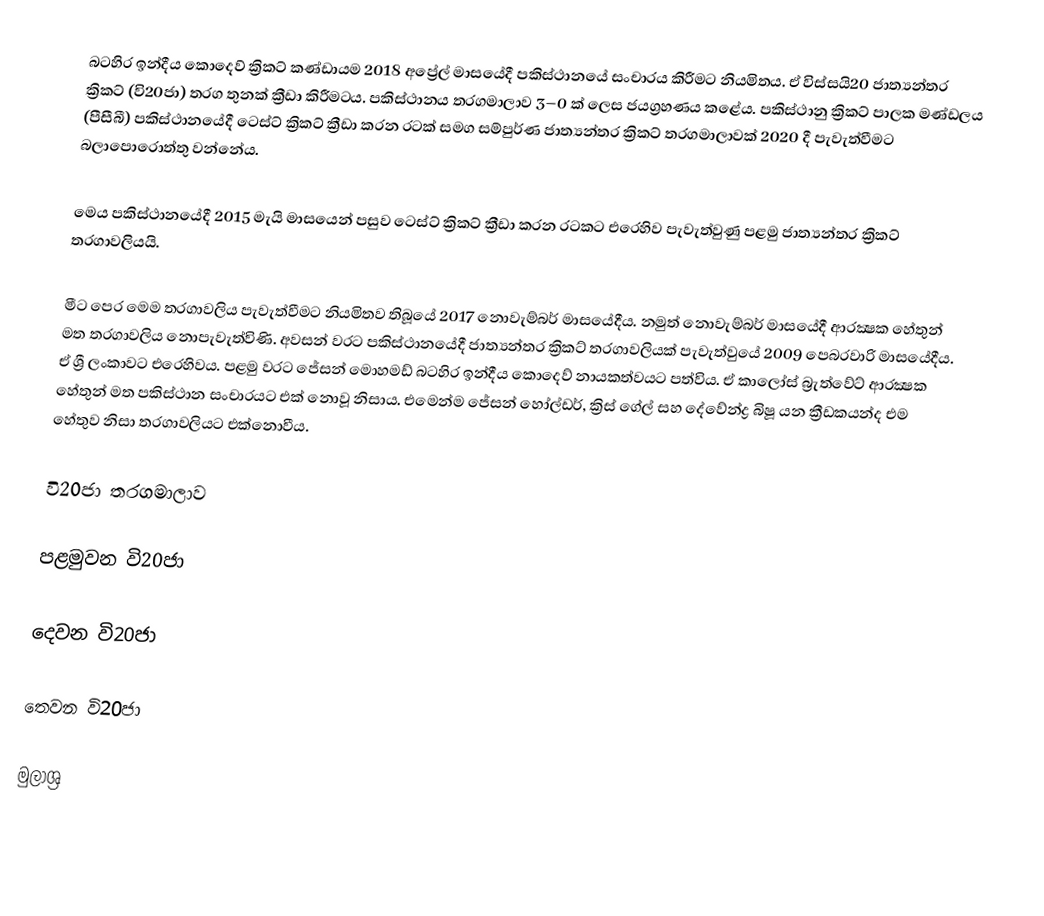
බටහිර ඉන්දීය කොදෙව් ක්‍රිකට් කණ්ඩායම 2018 අප්‍රේල් මාසයේදී පකිස්ථානයේ සංචාරය කිරීමට නියමිතය. ඒ විස්සයි20 ජාත්‍යන්තර ක්‍රිකට් (වි20ජා) තරග තුනක් ක්‍රීඩා කිරීමටය. පකිස්ථානය තරගමාලාව 3–0 ක් ලෙස ජයග්‍රහණය කළේය. පකිස්ථානු ක්‍රිකට් පාලක මණ්ඩලය (පීසීබී) පකිස්ථානයේදී ටෙස්ට් ක්‍රිකට් ක්‍රීඩා කරන රටක් සමග සම්පුර්ණ ජාත්‍යන්තර ක්‍රිකට් තරගමාලාවක් 2020 දී පැවැත්වීමට බලාපොරොත්තු වන්නේය.

මෙය පකිස්ථානයේදී 2015 මැයි මාසයෙන් පසුව ටෙස්ට් ක්‍රිකට් ක්‍රීඩා කරන රටකට එරෙහිව පැවැත්වුණු පළමු ජාත්‍යන්තර ක්‍රිකට් තරගාවලියයි.

මීට පෙර මෙම තරගාවලිය පැවැත්වීමට නියමිතව තිබූයේ 2017 නොවැම්බර් මාසයේදීය. නමුත් නොවැම්බර් මාසයේදී ආරක්‍ෂක හේතුන් මත තරගාවලිය නොපැවැත්විණි. අවසන් වරට පකිස්ථානයේදී ජාත්‍යන්තර ක්‍රිකට් තරගාවලියක් පැවැත්වුයේ 2009 පෙබරවාරි මාසයේදීය. ඒ ශ්‍රී ලංකාවට එරෙහිවය. පළමු වරට ජේසන් මොහමඩ් බටහිර ඉන්දීය කොදෙව් නායකත්වයට පත්විය. ඒ කාලෝස් බ්‍රැත්වේට් ආරක්‍ෂක හේතුන් මත පකිස්ථාන සංචාරයට එක් නොවූ නිසාය. එමෙන්ම ජේසන් හෝල්ඩර්, ක්‍රිස් ගේල් සහ දේවේන්ද්‍ර බිෂූ යන ක්‍රීඩකයන්ද එම හේතුව නිසා තරගාවලියට එක්නොවීය.

වි20ජා තරගමාලාව

පළමුවන වි20ජා

දෙවන වි20ජා

තෙවන වි20ජා

මුලාශ්‍ර